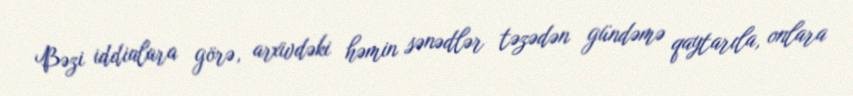
Bəzi iddialara görə, arxivdəki həmin sənədlər təzədən gündəmə qaytarıla, onlara